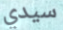
سيدي